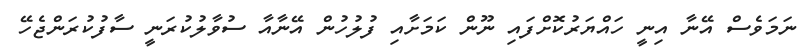
ނަމަވެސް އޭނާ އިނީ ހައްޔަރުކޮށްފައި ނޫން ކަމަށާއި ފުލުހުން އޭނާއާ ސުވާލުކުރަނީ ސާފުކުރަންޖެހޭ